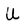
Character: U